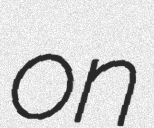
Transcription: on